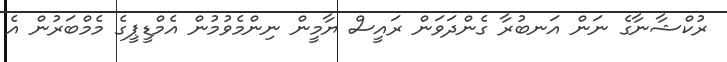
ރުކްޝާނާގެ ނަން އަނބުރާ ގެންދަވަން ރައީސް ޔާމީން ނިންމެވުމުން އެމްޑީޕީގެ މެމްބަރުން އެ